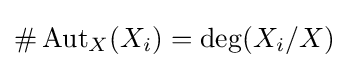
\#\operatorname {Aut} _{X}(X_{i})=\operatorname {deg} (X_{i}/X)